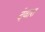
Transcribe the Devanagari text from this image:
देवारा